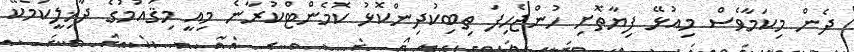
ދެން މިކަމާވެސް މިއުޅޭ ފިޔާތޮށި ހުންޖެހިފަ ތިބިކުދިންކޮޅު ކޮމެންޓްކުރާނެ މިއީ މިޤައުމުގެ ދާޚިލީކަމެކޭ